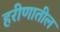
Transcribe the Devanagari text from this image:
हरीणातील